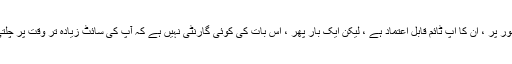
مجموعی طور پر ، ان کا اپ ٹائم قابل اعتماد ہے ، لیکن ایک بار پھر ، اس بات کی کوئی گارنٹی نہیں ہے کہ آپ کی سائٹ زیادہ تر وقت پر چلتی رہے گی۔